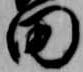
田